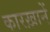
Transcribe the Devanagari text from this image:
कारख़ानें